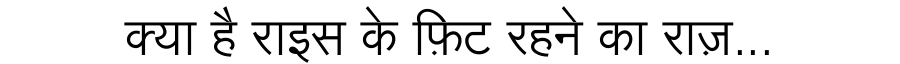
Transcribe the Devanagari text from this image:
क्या है राइस के फ़िट रहने का राज़...